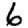
Digit: 6